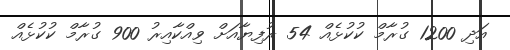
އަދި 1200 ގުރާމް ކުކުޅެއް 54 ރުފިޔާއަށް ވިއްކާއިރު 900 ގުރާމް ކުކުޅެއް